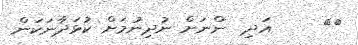
٢٥     އަދި  ންނަށް ނުދިނުމަށް ކުޅަދާނަކަން